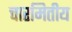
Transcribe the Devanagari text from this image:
चारमितीय